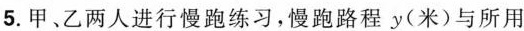
5.甲、乙两人进行慢跑练习，慢跑路程y(米)与所用